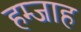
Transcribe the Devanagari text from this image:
हम्जाह